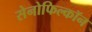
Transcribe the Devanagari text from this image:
सेनोफिल्कॉन